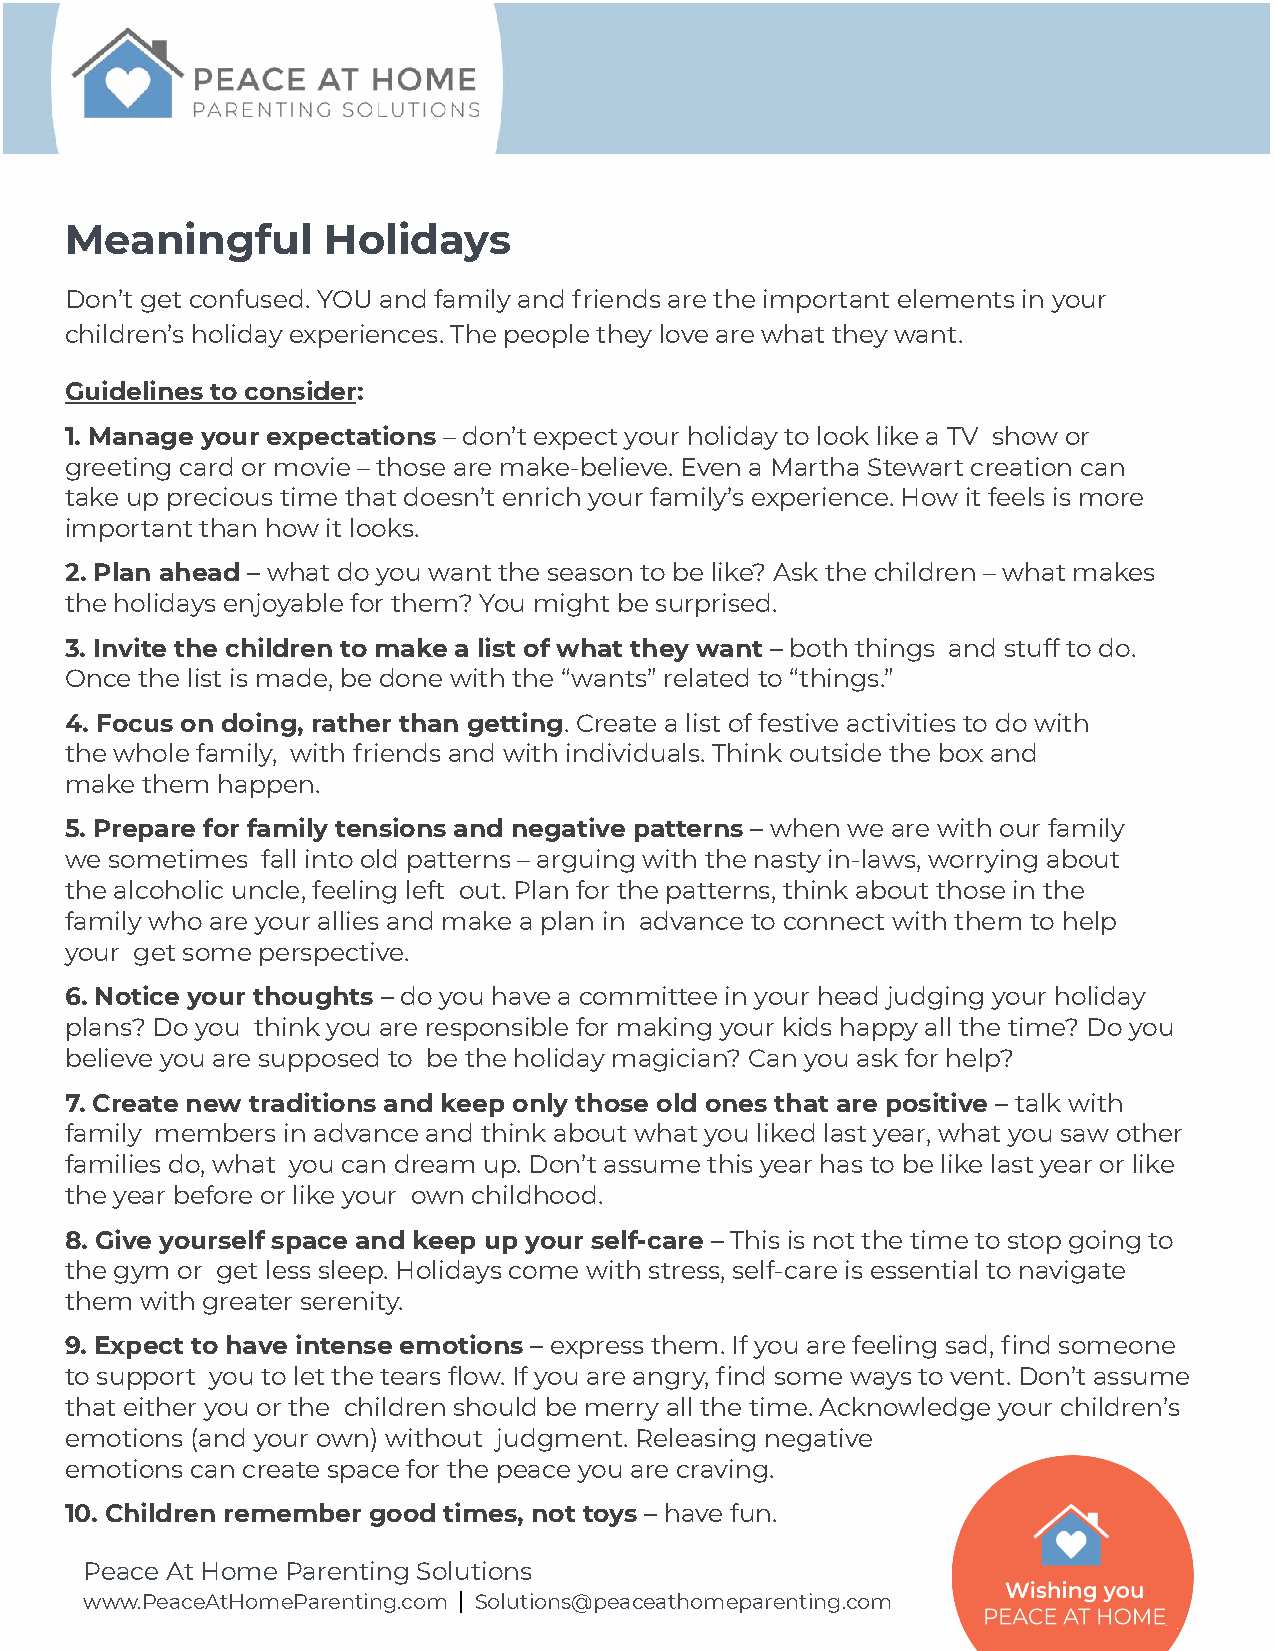
Meaningful       Holidays
 Don’t get confused. YOU and family and friends are the important elements in your
 children’s holiday experiences. The people they love are what they want.
 Guidelines to consider:
 1. Manage your expectations – don’t expect your holiday to look like a TV show or
 greeting card or movie – those are make-believe. Even a Martha Stewart creation can
 take up precious time that doesn’t enrich your family’s experience. How it feels is more
 important than how it looks.
 2. Plan ahead – what do you want the season to be like? Ask the children – what makes
 the holidays enjoyable for them? You might be surprised.
 3. Invite the children to make a list of what they want – both things and stuff to do.
 Once the list is made, be done with the “wants” related to “things.”
 4. Focus on doing, rather than getting. Create a list of festive activities to do with
 the whole family, with friends and with individuals. Think outside the box and
 make them happen.
 5. Prepare for family tensions and negative patterns – when we are with our family
 we sometimes fall into old patterns – arguing with the nasty in-laws, worrying about
 the alcoholic uncle, feeling left out. Plan for the patterns, think about those in the
 family who are your allies and make a plan in advance to connect with them to help
 your get some perspective.
 6. Notice your thoughts – do you have a committee in your head judging your holiday
 plans? Do you think you are responsible for making your kids happy all the time? Do you
 believe you are supposed to be the holiday magician? Can you ask for help?
 7. Create new traditions and keep only those old ones that are positive – talk with
 family members in advance and think about what you liked last year, what you saw other
 families do, what you can dream up. Don’t assume this year has to be like last year or like
 the year before or like your own childhood.
 8. Give yourself space and keep up your self-care – This is not the time to stop going to
 the gym or get less sleep. Holidays come with stress, self-care is essential to navigate
 them with greater serenity.
 9. Expect to have intense emotions – express them. If you are feeling sad, find someone
 to support you to let the tears flow. If you are angry, find some ways to vent. Don’t assume
 that either you or the children should be merry all the time. Acknowledge your children’s
 emotions (and your own) without judgment. Releasing negative
 emotions can create space for the peace you are craving.
 10. Children remember good times, not toys – have fun.
 Peace At Home Parenting Solutions
 www.PeaceAtHomeParenting.com | Solutions@peaceathomeparenting.com